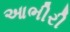
આભીરી